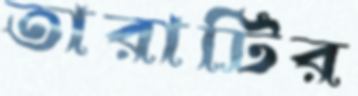
তারাটির